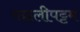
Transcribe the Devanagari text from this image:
मछलीपट्टम